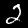
Digit: 2